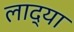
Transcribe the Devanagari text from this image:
लाद्या